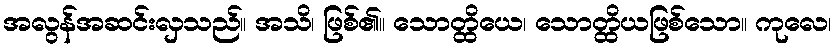
အလွန်အဆင်းလှသည်။ အသိ၊ ဖြစ်၏။ သောတ္ထိယေ၊ သောတ္ထိယဖြစ်သော။ ကုလေ၊